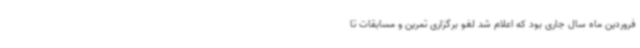
فروردین ماه سال جاری بود که اعلام شد لغو برگزاری تمرین و مسابقات تا